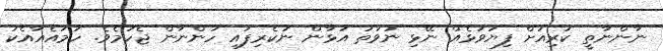
ނާންނާތީ ކުރިއަށް ފިޔަވަޅެއް ނޭޅި ނުވަތަ އަޅާން ނުކެރިފައި ހުންނާން ޖެހުމެވެ. ހަމައެއާއެކު